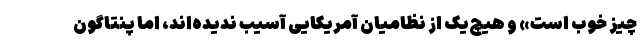
چیز خوب است» و هیچ‌یک از نظامیان آمریکایی آسیب ندیده‌اند، اما پنتاگون